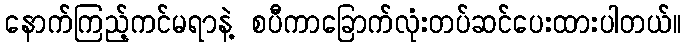
နောက်ကြည့်ကင်မရာနဲ့ စပီကာခြောက်လုံးတပ်ဆင်ပေးထားပါတယ်။